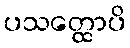
ပသတ္ထောပိ